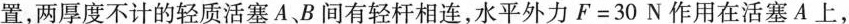
置，两厚度不计的轻质活塞A、B间有轻杆相连，水平外力$$F = 3 0 N$$作用在活塞A上，